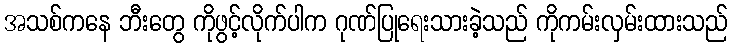
အသစ်ကနေ ဘီးတွေ ကိုဖွင့်လိုက်ပါက ဂုဏ်ပြုရေးသားခဲ့သည် ကိုကမ်းလှမ်းထားသည်